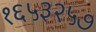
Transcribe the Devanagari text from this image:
१६५३२५७